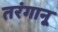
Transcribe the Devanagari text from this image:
तरंगानू